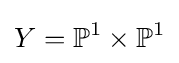
Y=\mathbb {P} ^{1}\times \mathbb {P} ^{1}